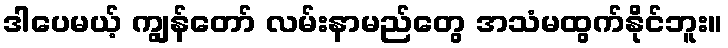
ဒါပေမယ့် ကျွန်တော် လမ်းနာမည်တွေ အသံမထွက်နိုင်ဘူး။